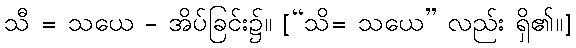
သီ = သယေ - အိပ်ခြင်း၌။ [“သိ= သယေ” လည်း ရှိ၏။]